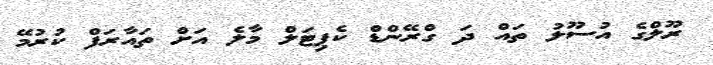
ރޫލްގެ އުސޫލު ތައް ދަ ގްރޭންޑް ކެޕިޓަލް މާލެ އަށް ތައާރަފް ކުރުމޭ